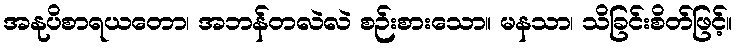
အနုပိစာရယတော၊ အဘန်တလဲလဲ စဉ်းစားသော။ မနသာ၊ သိခြင်းစိတ်ဖြင့်။